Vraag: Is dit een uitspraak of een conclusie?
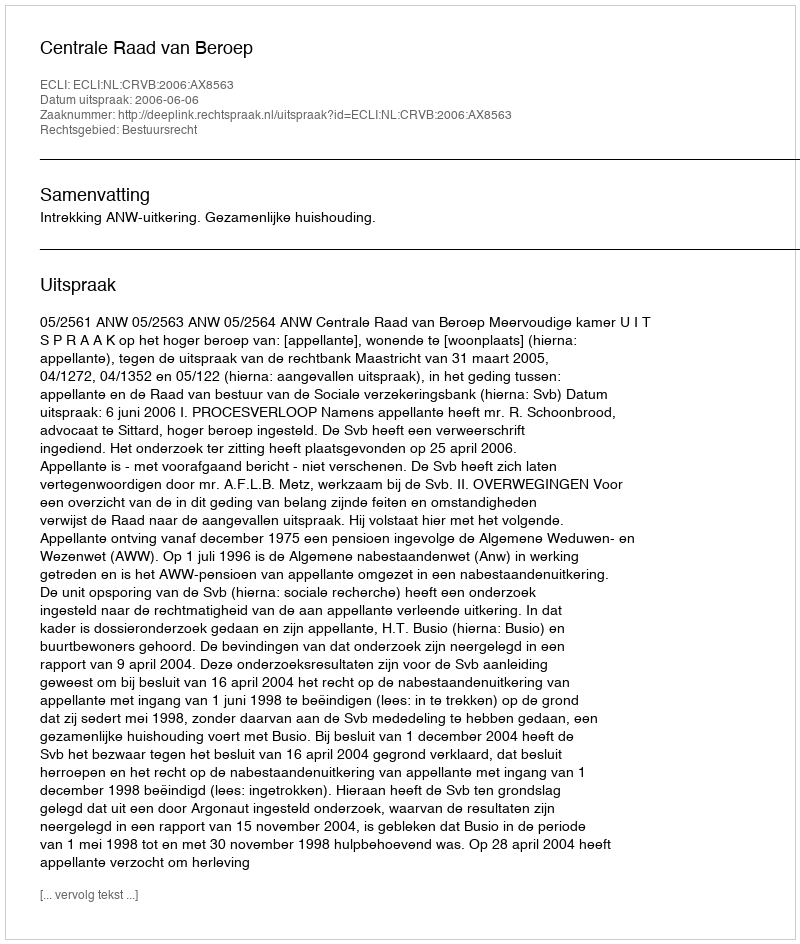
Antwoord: Uitspraak